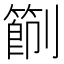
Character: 𠠑